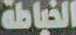
الخياطة